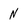
Character: N